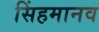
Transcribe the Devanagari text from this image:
सिंहमानव